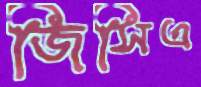
জিসিএ